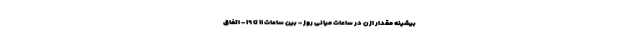
بیشینه مقدار ازن در ساعات میانی روز - بین ساعات ۱۱ تا ۱۹ - اتفاق